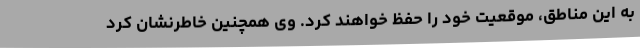
به این مناطق، موقعیت خود را حفظ خواهند کرد. وی همچنین خاطرنشان کرد